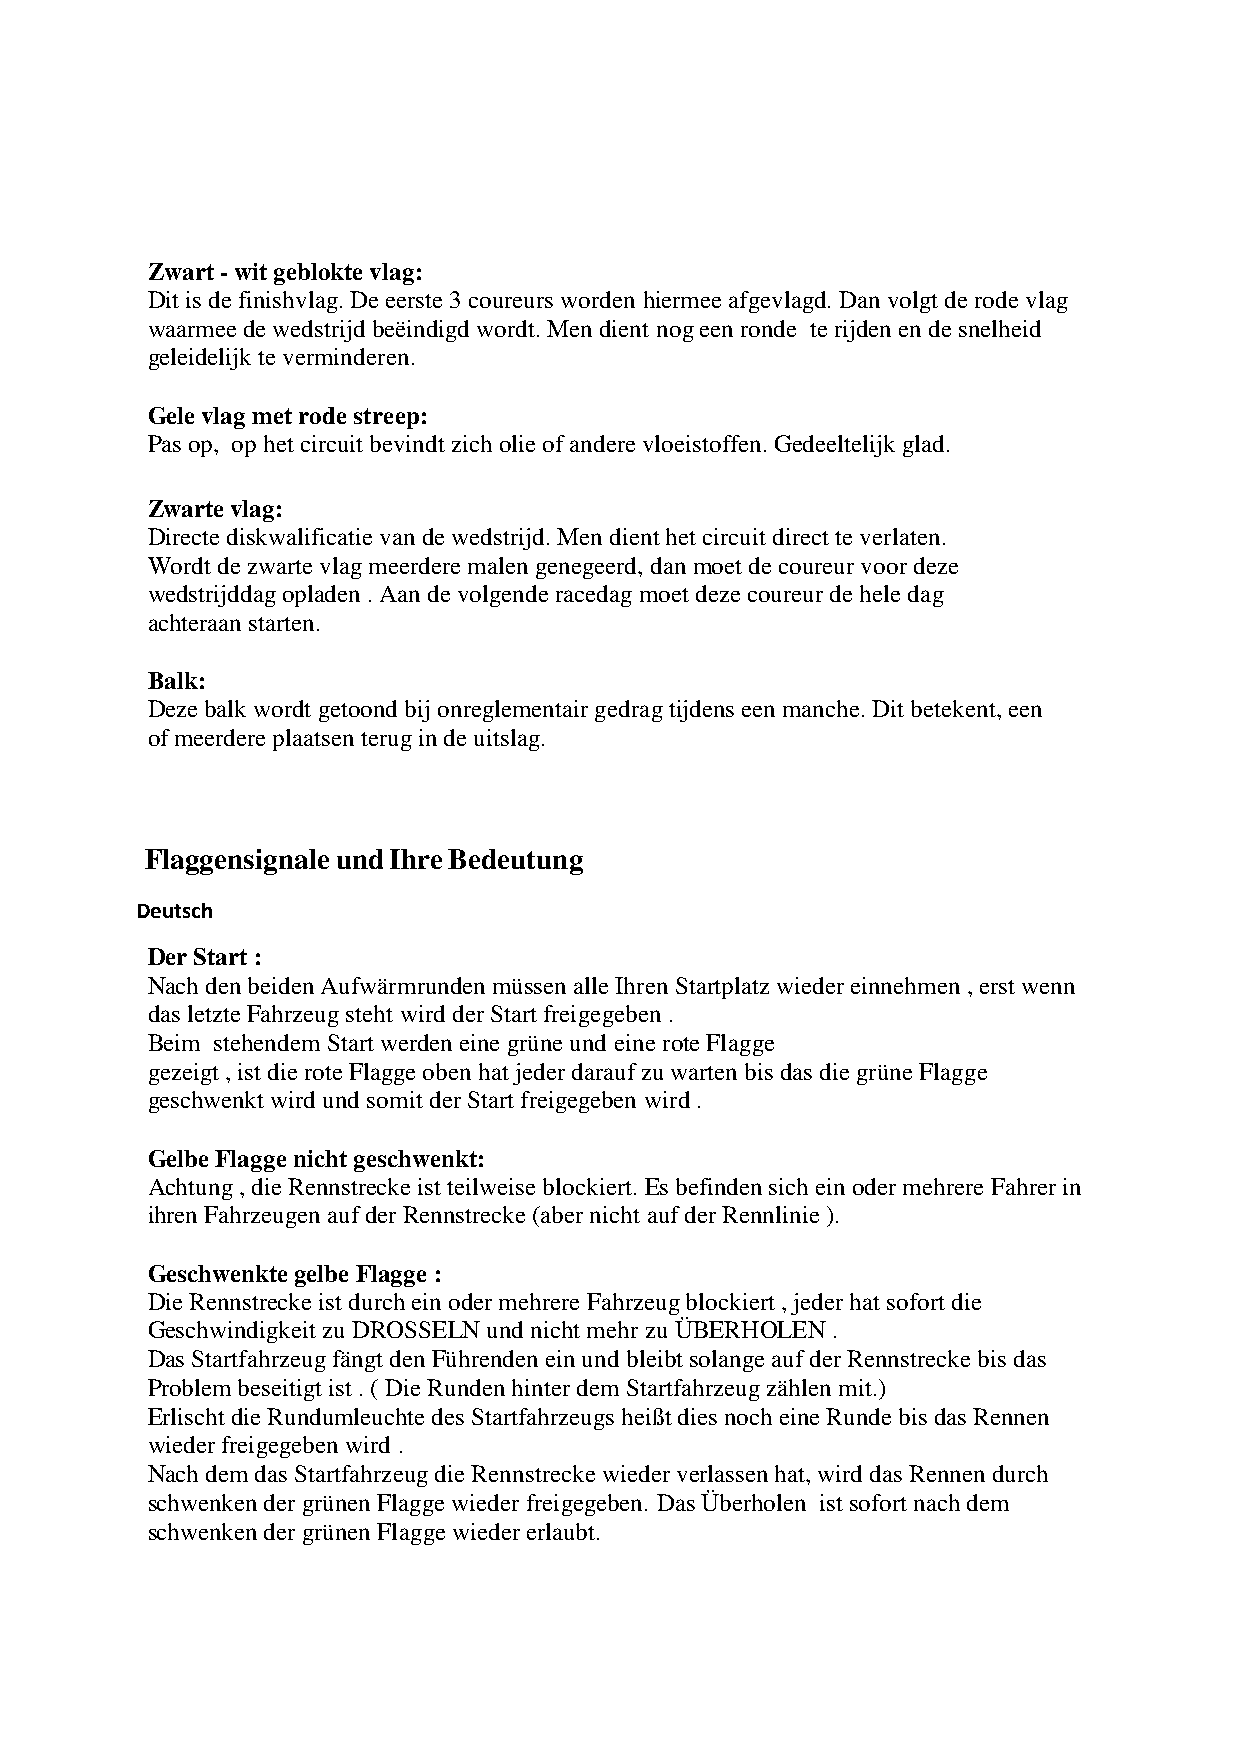
Zwart - wit geblokte vlag:
 Dit is de finishvlag. De eerste 3 coureurs worden hiermee afgevlagd. Dan volgt de rode vlag
 waarmee de wedstrijd beëindigd wordt. Men dient nog een ronde te rijden en de snelheid
 geleidelijk te verminderen.
 Gele vlag met rode streep:
 Pas op, op het circuit bevindt zich olie of andere vloeistoffen. Gedeeltelijk glad.
 Zwarte vlag:
 Directe diskwalificatie van de wedstrijd. Men dient het circuit direct te verlaten.
 Wordt de zwarte vlag meerdere malen genegeerd, dan moet de coureur voor deze
 wedstrijddag opladen . Aan de volgende racedag moet deze coureur de hele dag
 achteraan starten.
 Balk:
 Deze balk wordt getoond bij onreglementair gedrag tijdens een manche. Dit betekent, een
 of meerdere plaatsen terug in de uitslag.
 Flaggensignale und Ihre Bedeutung
 Deutsch
 Der Start :
 Nach den beiden Aufwärmrunden müssen alle Ihren Startplatz wieder einnehmen , erst wenn
 das letzte Fahrzeug steht wird der Start freigegeben .
 Beim stehendem Start werden eine grüne und eine rote Flagge
 gezeigt , ist die rote Flagge oben hat jeder darauf zu warten bis das die grüne Flagge
 geschwenkt wird und somit der Start freigegeben wird .
 Gelbe Flagge nicht geschwenkt:
 Achtung , die Rennstrecke ist teilweise blockiert. Es befinden sich ein oder mehrere Fahrer in
 ihren Fahrzeugen auf der Rennstrecke (aber nicht auf der Rennlinie ).
 Geschwenkte gelbe Flagge :
 Die Rennstrecke ist durch ein oder mehrere Fahrzeug blockiert , jeder hat sofort die
 Geschwindigkeit zu DROSSELN und nicht mehr zu ÜBERHOLEN .
 Das Startfahrzeug fängt den Führenden ein und bleibt solange auf der Rennstrecke bis das
 Problem beseitigt ist . ( Die Runden hinter dem Startfahrzeug zählen mit.)
 Erlischt die Rundumleuchte des Startfahrzeugs heißt dies noch eine Runde bis das Rennen
 wieder freigegeben wird .
 Nach dem das Startfahrzeug die Rennstrecke wieder verlassen hat, wird das Rennen durch
 schwenken der grünen Flagge wieder freigegeben. Das Überholen ist sofort nach dem
 schwenken der grünen Flagge wieder erlaubt.